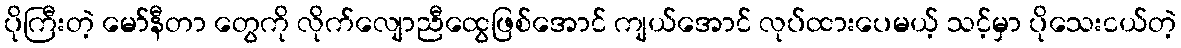
ပိုကြီးတဲ့ မော်နီတာ တွေကို လိုက်လျောညီထွေဖြစ်အောင် ကျယ်အောင် လုပ်ထားပေမယ့် သင့်မှာ ပိုသေးငယ်တဲ့